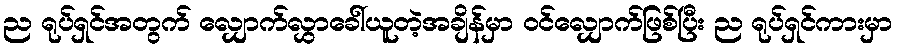
ည ရုပ်ရှင်အတွက် လျှောက်လွှာခေါ်ယူတဲ့အချိန်မှာ ဝင်လျှောက်ဖြစ်ပြီး ည ရုပ်ရှင်ကားမှာ